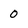
Character: 0